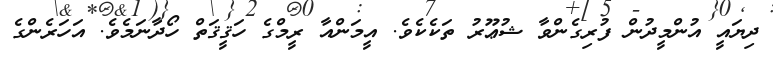
ދިޔައީ އުންމީދުން ފުރިގެންވާ ޝުޢޫރު ތަކެކެވެ. އީމަންއާ ރީމްގެ ހަޤީޤަތް ހޯދާނަމެވެ. އަހަރެންގެ